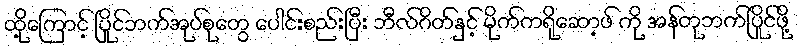
ထု့ိကြောင့် ပြိုင်ဘက်အုပ်စုတွေ ပေါင်းစည်းပြီး ဘီလ်ဂိတ်နှင့် မိုက်ကရိုဆော့ဖ် ကို အန်တုဘက်ပြိုင်ဖို့